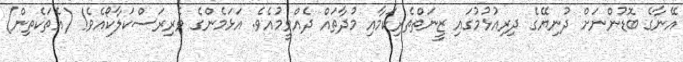
އޭނާގެ ބޮޑުންނަށް ދުނިޔޭގެ ދިރިއުޅުމުގައި ޒީނަތްތެރިކަމާއި މުދާތައް ދެއްވީމުއެވެ. އަޅަމެންގެ ވެރިރަސްކަލާކޯއެވެ! (އެތަކެތިން)